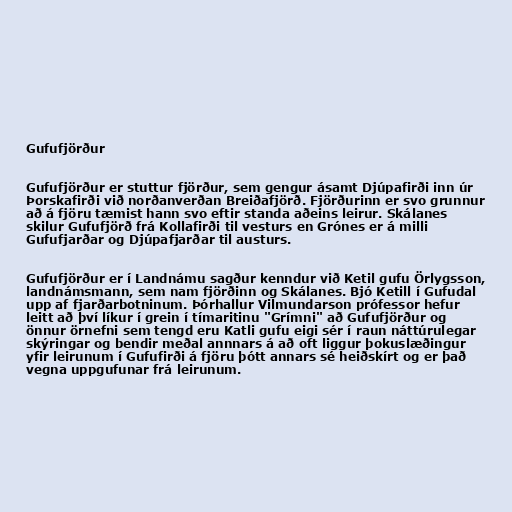
Gufufjörður

Gufufjörður er stuttur fjörður, sem gengur ásamt Djúpafirði inn úr
Þorskafirði við norðanverðan Breiðafjörð. Fjörðurinn er svo grunnur
að á fjöru tæmist hann svo eftir standa aðeins leirur. Skálanes
skilur Gufufjörð frá Kollafirði til vesturs en Grónes er á milli
Gufufjarðar og Djúpafjarðar til austurs.

Gufufjörður er í Landnámu sagður kenndur við Ketil gufu Örlygsson,
landnámsmann, sem nam fjörðinn og Skálanes. Bjó Ketill í Gufudal
upp af fjarðarbotninum. Þórhallur Vilmundarson prófessor hefur
leitt að því líkur í grein í tímaritinu "Grímni" að Gufufjörður og
önnur örnefni sem tengd eru Katli gufu eigi sér í raun náttúrulegar
skýringar og bendir meðal annnars á að oft liggur þokuslæðingur
yfir leirunum í Gufufirði á fjöru þótt annars sé heiðskírt og er það
vegna uppgufunar frá leirunum.